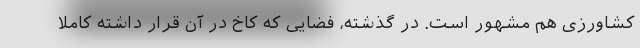
کشاورزی هم مشهور است. در گذشته، فضایی که کاخ در آن قرار داشته کاملا